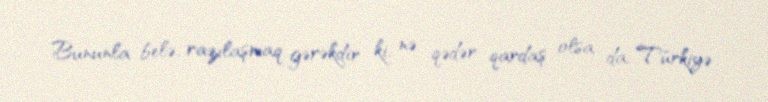
Bununla belə, razılaşmaq gərəkdir ki, nə qədər qardaş olsa da, Türkiyə